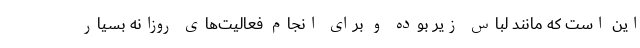
این است که مانند لباس زیر بوده و برای انجام فعالیت‌های روزانه بسیار